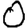
Digit: 0